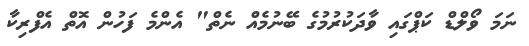
ނަމަ ވޯލްޑް ކަޕްގައި ވާދަކުރުމުގެ ބޭނުމެއް ނެތް" އެންމެ ފަހުން އޮތް އެފްރިކާ